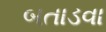
બતાડવા